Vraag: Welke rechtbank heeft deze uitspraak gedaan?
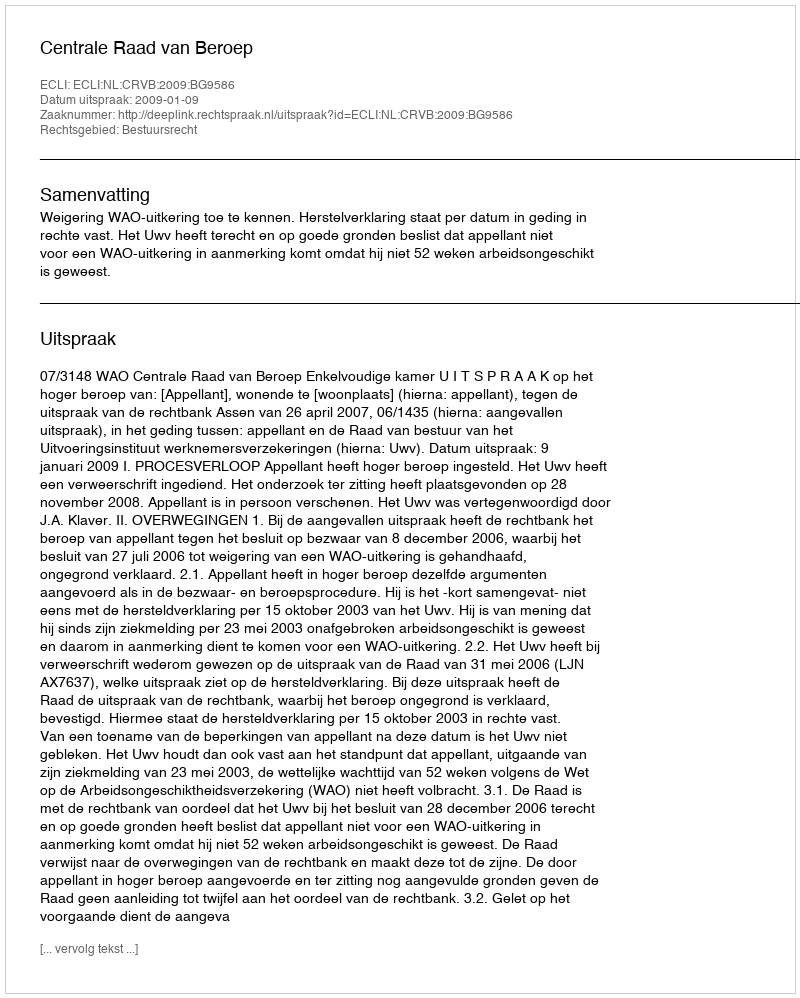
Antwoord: Centrale Raad van Beroep